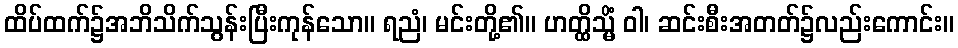
ထိပ်ထက်၌အဘိသိက်သွန်းပြီးကုန်သော။ ရညံ၊ မင်းတို့၏။ ဟတ္ထိသ္မိံ ဝါ၊ ဆင်းစီးအတတ်၌လည်းကောင်း။